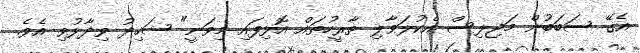
އެގޭ ސަބަބުން މަޖިލިސް އެކުލަވާލި ތާރީހުތައް އޮޅިފައި މިވަނީ" ޝަހިދު ވިދާޅުވި އެވެ.